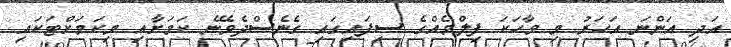
އަދި އަންނަ އަހަރު މި ވާހަކަ ފިލްމެއްގެ ސިފައިގައި ގެނެސްދެވޭނެ ކަމަށާއި މިކަމަށްޓަކައި